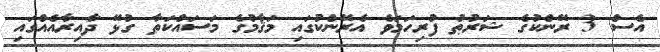
އެސް 3 ރޭންކުގެ ޝަރުޠު ފުރިހަމަވެ އެރޭންކުގައި މަޤާމުގެ މަސައްކަތާ ގުޅޭ ދާއިރާއެއްގައި